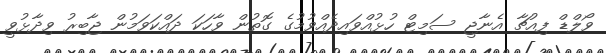
ވޯލްޑް ފިއުޗާ އެނާޖީ ސަމިޓް ހުޅުއްވައިދެއްވުމުގެ ގޮތުން ވާހަކަ ދައްކަވަމުން ޖާބިރު ވިދާޅުވީ